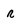
Character: r